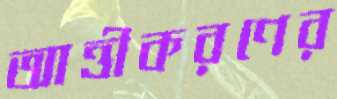
আত্তীকরণের